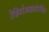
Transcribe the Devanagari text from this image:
रेडियोआइसोटोपिक